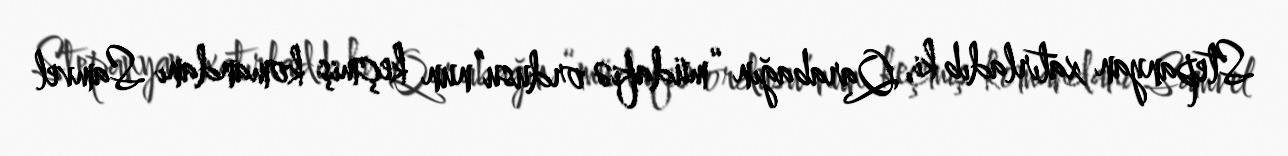
Stepanyan xatırladıb ki, Qarabağın “müdafiə ordusu”nun keçmiş komandanı Samvel